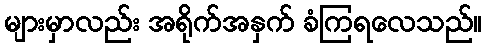
များမှာလည်း အရိုက်အနှက် ခံကြရလေသည်။